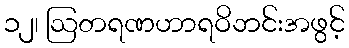
၁၂၊ ဩတရဏဟာရဝိဘင်းအဖွင့်